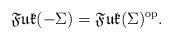
LaTeX: \begin{align*}\frak{Fuk}(-\Sigma)=\frak{Fuk}(\Sigma)^{\rm op}.\end{align*}